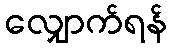
လျှောက်ရန်